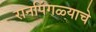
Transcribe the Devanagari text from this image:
रानपिंगळ्याचे